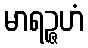
မာရဉ္ဇဟံ